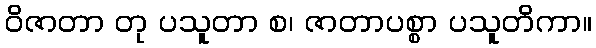
ဝိဇာတာ တု ပသူတာ စ၊ ဇာတာပစ္စာ ပသူတိကာ။